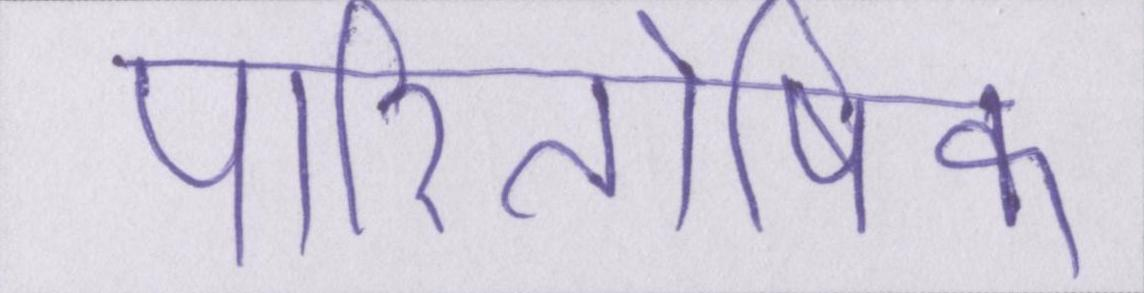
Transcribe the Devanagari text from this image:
पारितोषिक